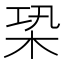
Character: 𣑦